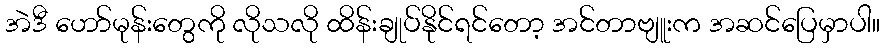
အဲဒီ ဟော်မုန်းတွေကို လိုသလို ထိန်းချုပ်နိုင်ရင်တော့ အင်တာဗျူးက အဆင်ပြေမှာပါ။